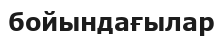
бойындағылар